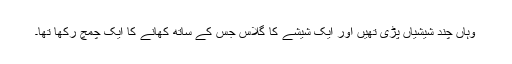
وہاں چند شیشیاں پڑی تھیں اور ایک شیشے کا گلاس جس کے ساتھ کھانے کا ایک چمچ رکھا تھا۔